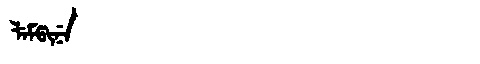
Manchu: ᠯᡝᠮᡦᡳᠨᡝ
Romanization: LEMPINE